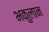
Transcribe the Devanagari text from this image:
भकुलान